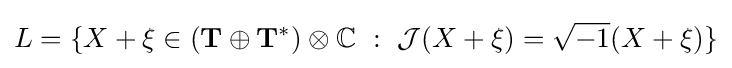
L=\{X+\xi \in (\mathbf {T} \oplus \mathbf {T} ^{*})\otimes \mathbb {C} \ :\ {\mathcal {J}}(X+\xi )={\sqrt {-1}}(X+\xi )\}